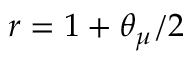
r = 1 + \theta _ { \mu } / 2